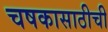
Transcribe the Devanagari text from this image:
चषकासाठीची